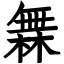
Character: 橆